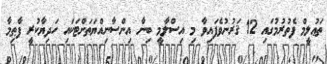
ތަޢުލީމް ފެތުރުމުގައި 12 ޤަރުނުވެފައިވާ މި އިސްލާމީ ބިނާ އިންސާނިއްޔަތަށްޓަކައި ހަދިޔާކުރީ ފާޠިމާ